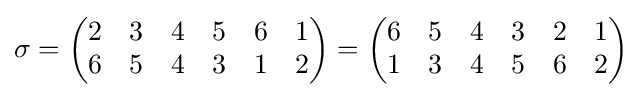
\sigma ={\begin{pmatrix}2&3&4&5&6&1\\6&5&4&3&1&2\end{pmatrix}}={\begin{pmatrix}6&5&4&3&2&1\\1&3&4&5&6&2\end{pmatrix}}